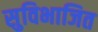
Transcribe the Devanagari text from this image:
सुविभाजित